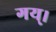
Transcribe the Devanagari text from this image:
गय्।